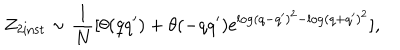
Z _ { 2 \mathrm { i n s t } } \sim \frac { 1 } { N } [ \theta ( q q ^ { \prime } ) + \theta ( - q q ^ { \prime } ) \mathrm { e } ^ { \log ( q - q ^ { \prime } ) ^ { 2 } - \log ( q + q ^ { \prime } ) ^ { 2 } } ] ,